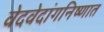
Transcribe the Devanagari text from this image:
वेदवेदांगनिष्णात